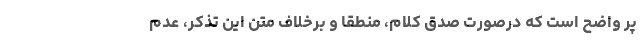
پر واضح است كه درصورت صدق كلام، منطقاً و برخلاف متن اين تذكر، عدم